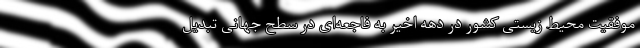
موفقیت محیط زیستی کشور در دهه اخیر به فاجعه‌ای در سطح جهانی تبدیل